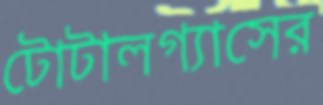
টোটালগ্যাসের